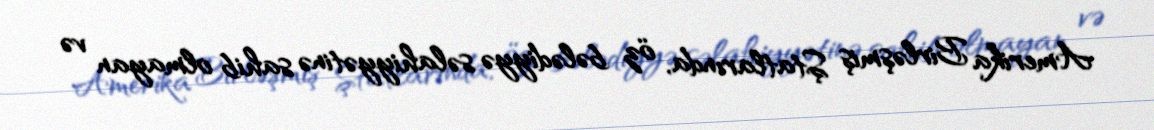
Amerika Birləşmiş Ştatlarında, öz bələdiyyə səlahiyyətinə sahib olmayan və